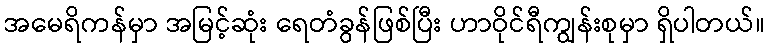
အမေရိကန်မှာ အမြင့်ဆုံး ရေတံခွန်ဖြစ်ပြီး ဟာဝိုင်ရီကျွန်းစုမှာ ရှိပါတယ်။